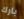
بارك